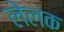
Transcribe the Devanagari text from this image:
लेलक